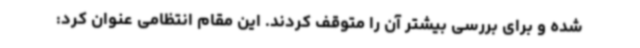
شده و برای بررسی بیشتر آن را متوقف کردند. این مقام انتظامی عنوان کرد: